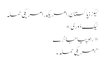
ٹیگز : پاکستان, امریکہ, امریکی حملہ
ٹیگ ڈوری »
« راہ پیا جانڑے
“امریکی حملہ ۔